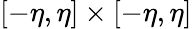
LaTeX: [-\eta,\eta]\times[-\eta,\eta]